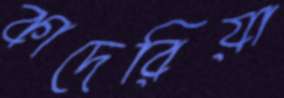
কাদেরিয়া